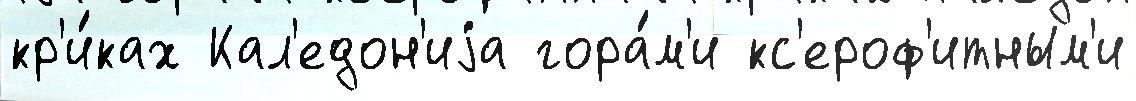
кр'и́ках Кал'едон'иjа гора́м'и кс'ероф'итным'и